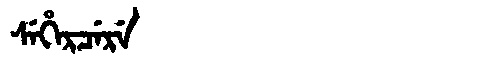
Manchu: ᠰᡝᡥᡝᡵᠴᡝᡵᡝ
Romanization: SEHERCERE